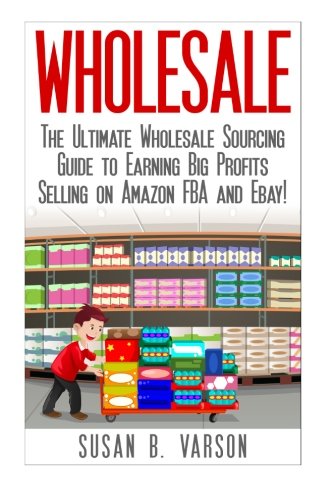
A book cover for Wholesale: The Ultimate Wholesale Sourcing Guide to Earning Big Profits on Amazon FBA and Ebay! (Wholesale - Amazon FBA - Selling on Amazon - Amazon Business - How to Sell on Amazon - Amazon); Susan Varson; Computers & Technology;